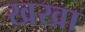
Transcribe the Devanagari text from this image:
खखा